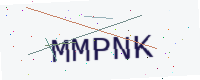
Text: MMPNK